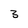
Character: 8